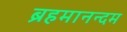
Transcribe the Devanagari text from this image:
ब्रहमानन्दम